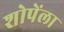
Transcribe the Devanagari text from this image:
शोपेंला